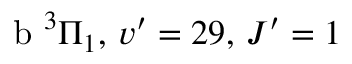
\textrm { b } ^ { 3 } \Pi _ { 1 } , \, v ^ { \prime } = 2 9 , \, J ^ { \prime } = 1